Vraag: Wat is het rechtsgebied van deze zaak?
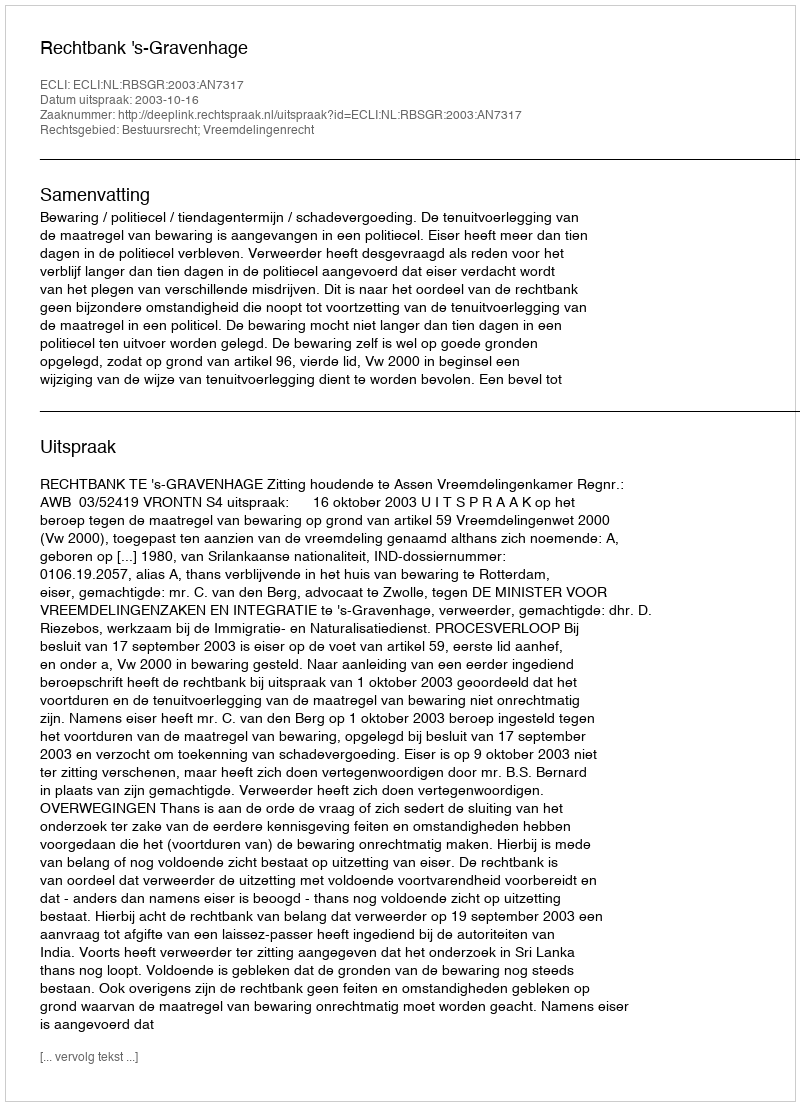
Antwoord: Bestuursrecht; Vreemdelingenrecht